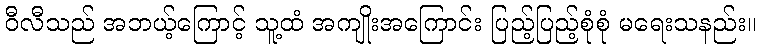
ဝီလီသည် အဘယ့်ကြောင့် သူ့ထံ အကျိုးအကြောင်း ပြည့်ပြည့်စုံစုံ မရေးသနည်း။